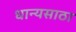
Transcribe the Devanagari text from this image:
धान्यसाठा